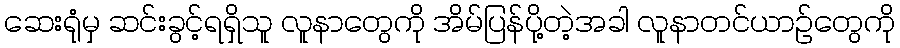
ဆေးရုံမှ ဆင်းခွင့်ရရှိသူ လူနာတွေကို အိမ်ပြန်ပို့တဲ့အခါ လူနာတင်ယာဉ်တွေကို